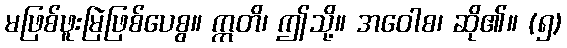
မဖြစ်ဖူးမြဲဖြစ်ပေစွ။ ဣတိ၊ ဤသို့။ အဝေါစ၊ ဆို၏။ (၅)